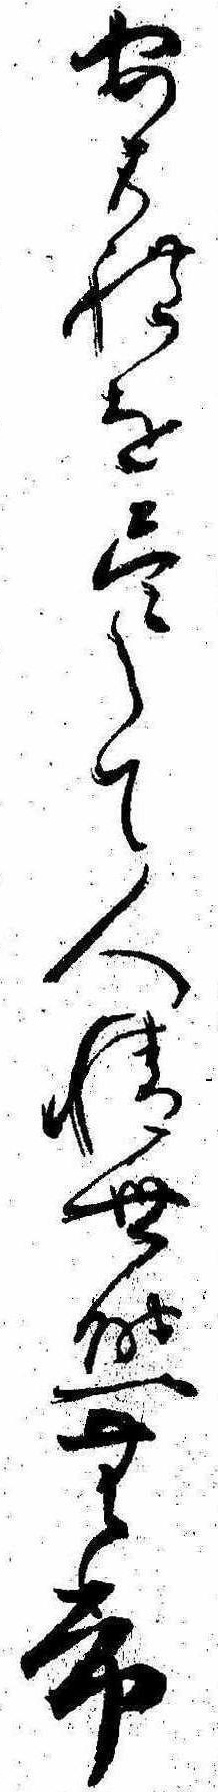
あはれを尽して人情世態無常